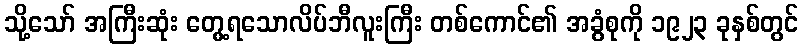
သို့သော် အကြီးဆုံး တွေ့ရသောလိပ်ဘီလူးကြီး တစ်ကောင်၏ အခွံစုကို ၁၉၂၃ ခုနှစ်တွင်